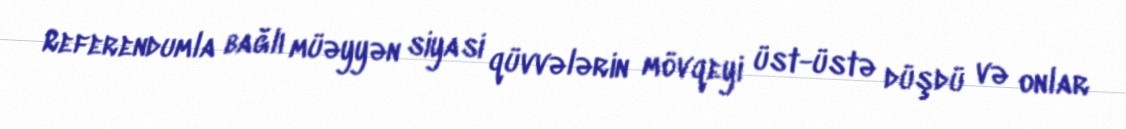
Referendumla bağlı müəyyən siyasi qüvvələrin mövqeyi üst-üstə düşdü və onlar